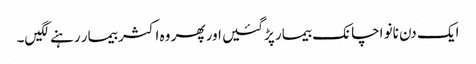
ایک دن نانو اچانک بیمار پڑگئیں اور پھر وہ اکثر بیمار رہنے لگیں۔